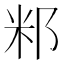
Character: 𥸬